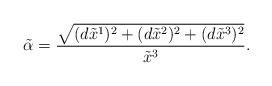
LaTeX: \begin{align*}\tilde{\alpha}=\frac{\sqrt{(d \tilde{x}^1)^2+(d \tilde{x}^2)^2+(d \tilde{x}^3)^2}}{\tilde{x}^3}.\end{align*}